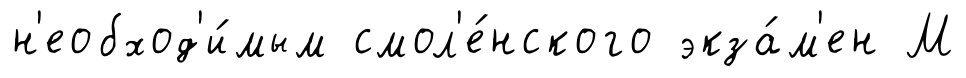
н'еобход'и́мым смол'е́нского экза́м'ен М